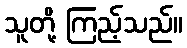
သူတို့ ကြည့်သည်။